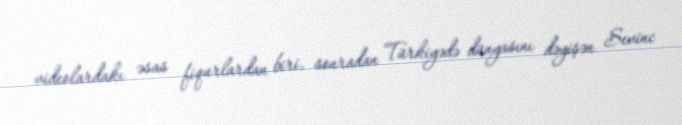
videolardakı əsas fiqurlardan biri, sonradan Türkiyədə dünyasını dəyişən Sevinc